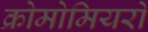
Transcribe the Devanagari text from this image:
क्रोमोमियरों